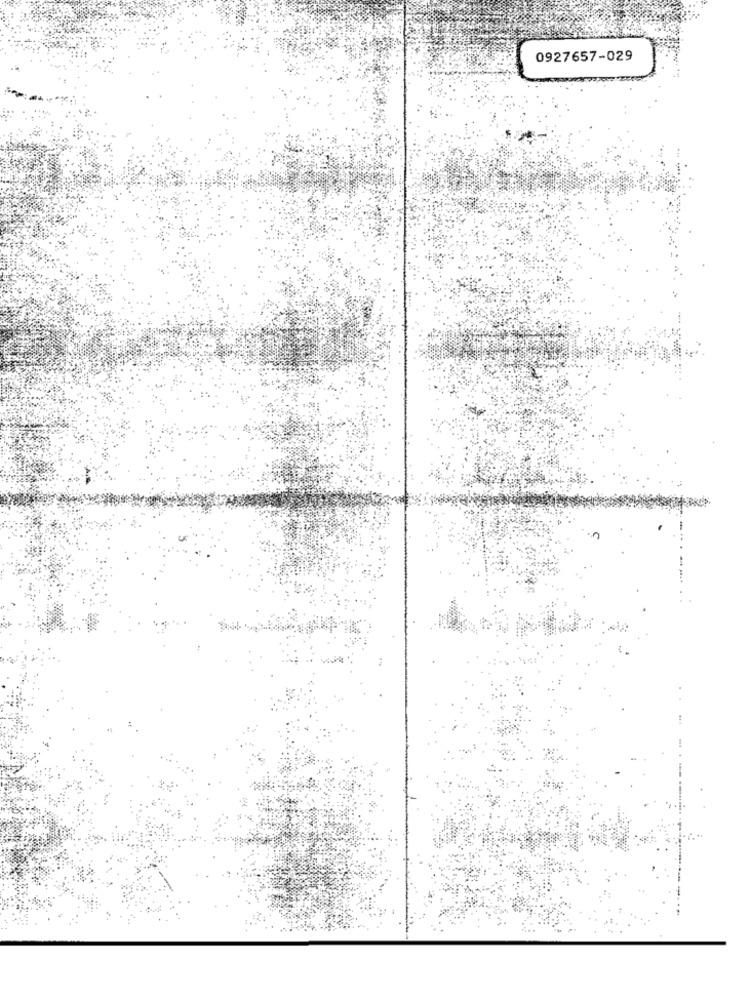
0927657-029